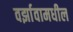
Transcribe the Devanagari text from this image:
वर्झावामधील